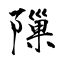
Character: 隟